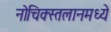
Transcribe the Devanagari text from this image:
नोचिक्स्तलानमध्ये